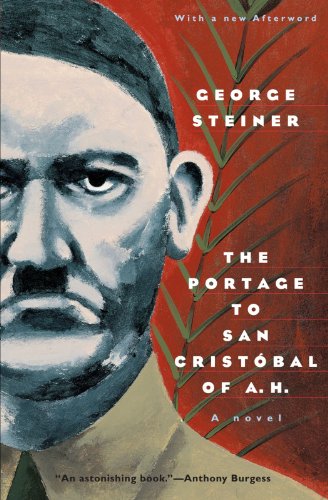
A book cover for The Portage to San Cristobal of A. H.: A Novel (Phoenix Fiction); George Steiner; Literature & Fiction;